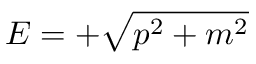
E = + { \sqrt { p ^ { 2 } + m ^ { 2 } } }